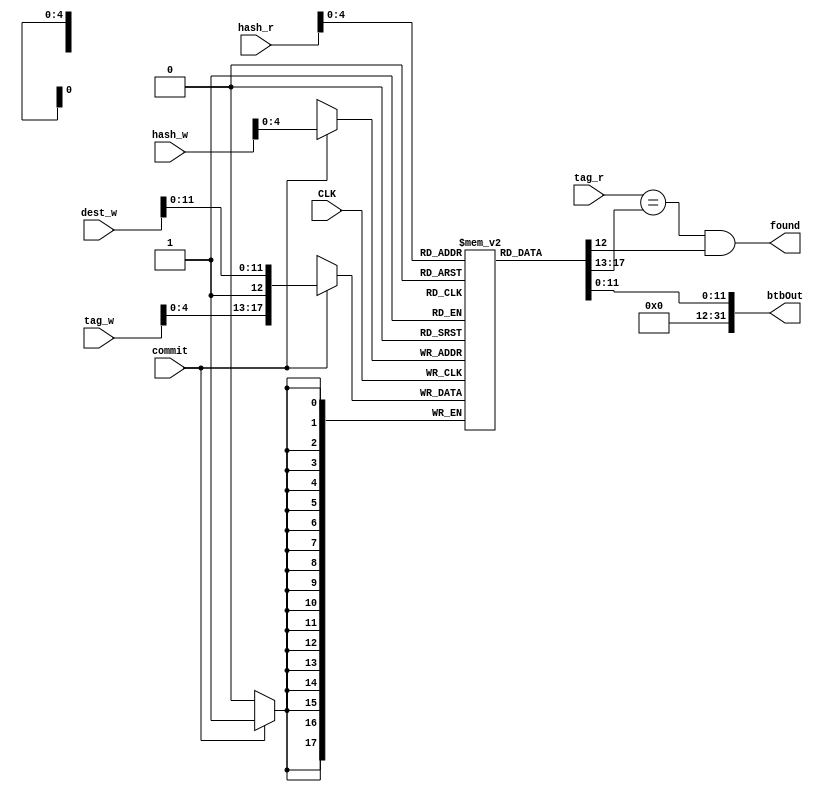
module BTB (
	input wire CLK,
	input wire[5:0] hash_r,
	input wire[5:0] tag_r,
	input wire[5:0] hash_w,
	input wire[5:0] tag_w,
	input wire[31:0] dest_w,
	input wire commit,
	output wire found,
	output wire[31:0] btbOut
);
	
	// each entry is 12(11:0) (btbOut) + 1(12) (validBit) + 5(17:13) (tag) = 18 bits
	reg [17:0] Buffer [31:0];
	reg [31:0] index;

	initial begin
		for (index = 0; index < 32; index = index + 1) begin
			Buffer[index] = 18'b0;
		end

	end

	// asynchronous read, mode = 0 is for READ
	assign found = (tag_r == Buffer[hash_r][17:13]) & Buffer[hash_r][12];
	assign btbOut = {20'b0, Buffer[hash_r][11:0]};

	// synchronous write, mode = 1 is for WRITE
	always @(posedge CLK) begin
		if (commit) begin
			Buffer[hash_w] <= {tag_w, 1'b1, dest_w[11:0]};
		end
	end

endmodule